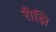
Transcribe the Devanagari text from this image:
रीझि